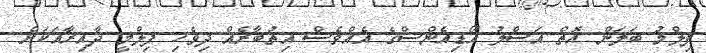
ފިލްމު ބަލަން އޮތް އަސްލު އޯޑިއެންސްގެ އެއްވެސް އިތުބާރެއް ދިވެހި ފިލްމީ ދާއިރާއަކަށް